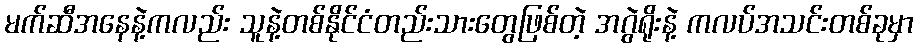
မက်ဆီအနေနဲ့ကလည်း သူနဲ့တစ်နိုင်ငံတည်းသားတွေဖြစ်တဲ့ အဂွဲရိုးနဲ့ ကလပ်အသင်းတစ်ခုမှာ